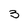
Character: 3